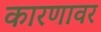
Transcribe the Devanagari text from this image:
कारणावर